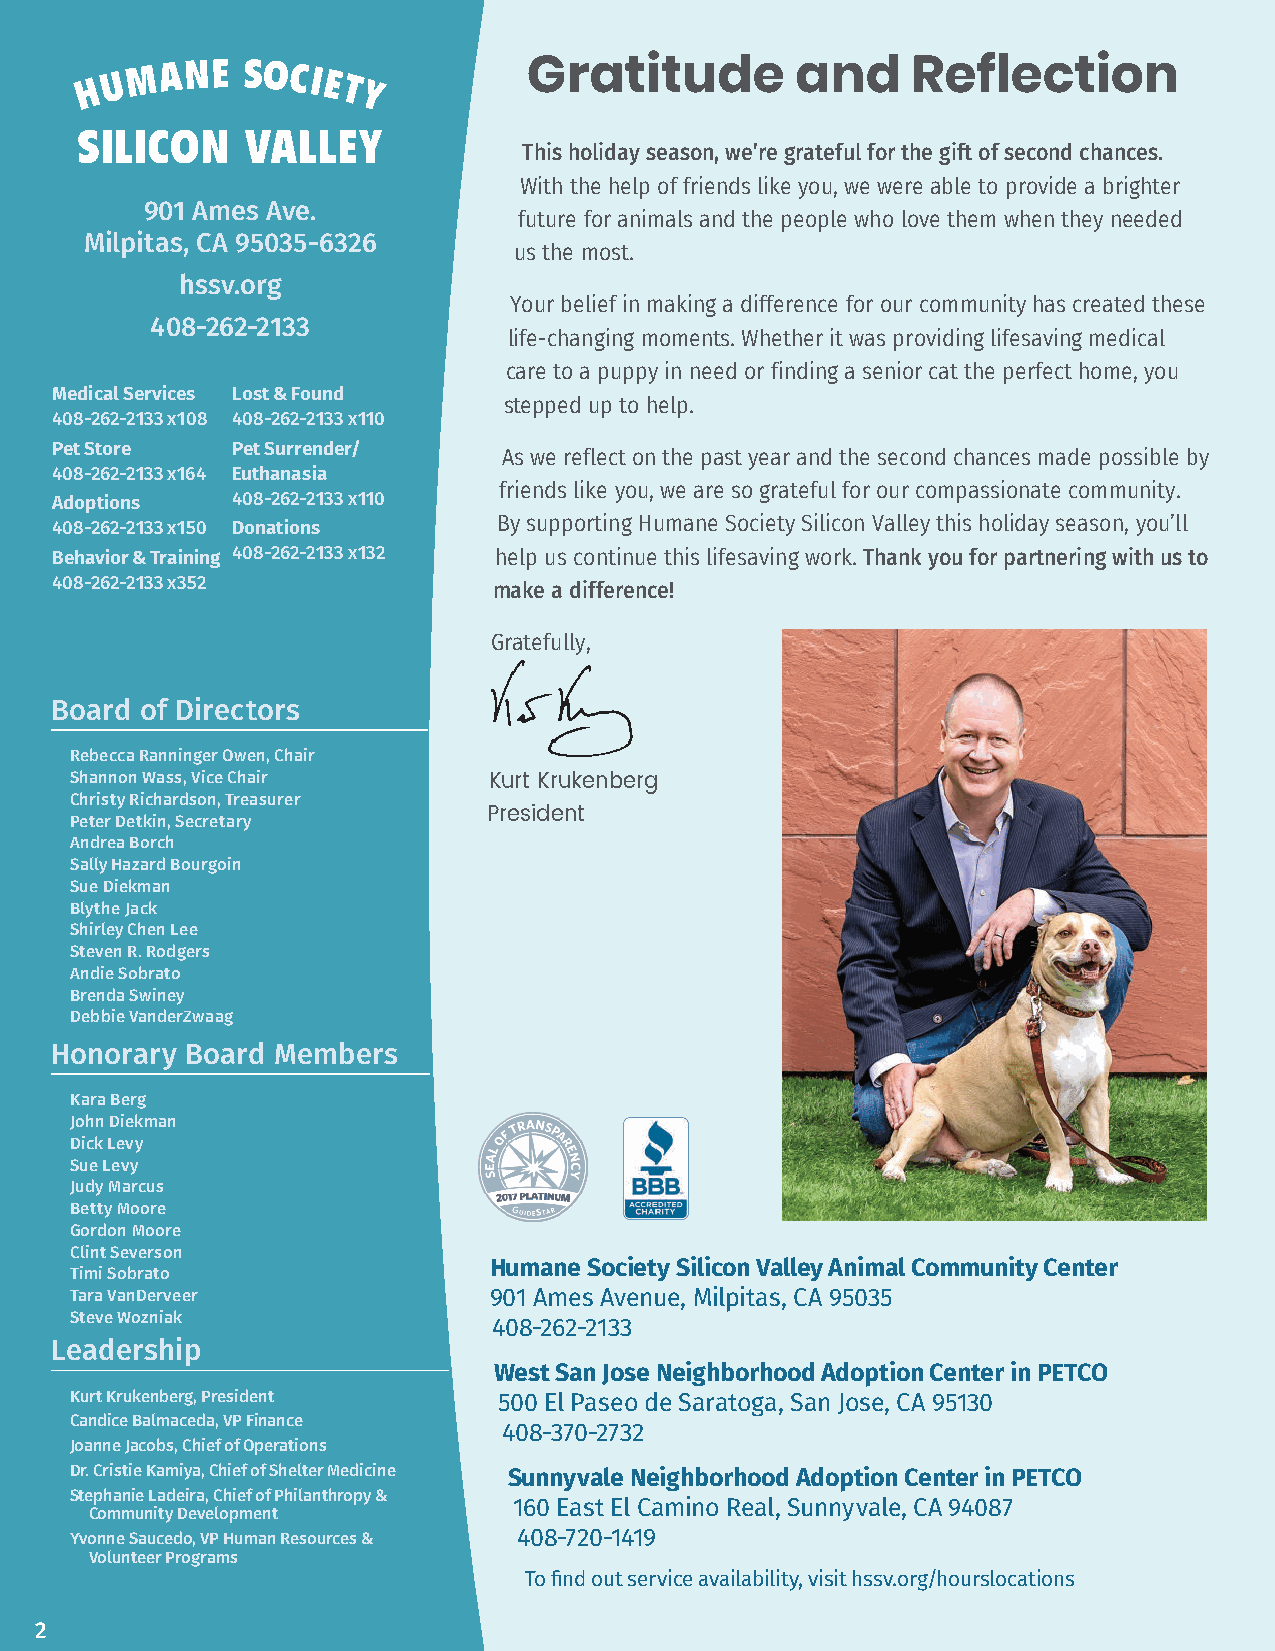
Gratitude         and    Reflection
 This holiday season, we’re grateful for the gift of second chances.
 With the help of friends like you, we were able to provide a brighter
 901 Ames Ave.
 future for animals and the people who love them when they needed
 Milpitas, CA 95035-6326
 us the most.
 hssv.org
 Your belief in making a difference for our community has created these
 408-262-2133
 life-changing moments. Whether it was providing lifesaving medical
 care to a puppy in need or finding a senior cat the perfect home, you
 Medical Services Lost & Found
 stepped up to help.
 408-262-2133 x108 408-262-2133 x110
 Pet Store   Pet Surrender/
 As we reflect on the past year and the second chances made possible by
 408-262-2133 x164 Euthanasia
 friends like you, we are so grateful for our compassionate community.
 Adoptions   408-262-2133 x110
 408-262-2133 x150 Donations   By supporting Humane Society Silicon Valley this holiday season, you’ll
 Behavior & Training 408-262-2133 x132 help us continue this lifesaving work. Thank you for partnering with us to
 408-262-2133 x352
 make a difference!
 Gratefully,
 Board of Directors
 Rebecca Ranninger Owen, Chair
 Shannon Wass, Vice Chair   Kurt Krukenberg
 Christy Richardson, Treasurer
 President
 Peter Detkin, Secretary
 Andrea Borch
 Sally Hazard Bourgoin
 Sue Diekman
 Blythe Jack
 Shirley Chen Lee
 Steven R. Rodgers
 Andie Sobrato
 Brenda Swiney
 Debbie VanderZwaag
 Honorary Board Members
 Kara Berg
 John Diekman
 Dick Levy
 Sue Levy
 Judy Marcus
 Betty Moore
 Gordon Moore
 Clint Severson
 Humane Society Silicon Valley Animal Community Center
 Timi Sobrato
 Tara VanDerveer            901 Ames Avenue, Milpitas, CA 95035
 Steve Wozniak
 408-262-2133
 Leadership
 West San Jose Neighborhood Adoption Center in PETCO
 Kurt Krukenberg, President  500 El Paseo de Saratoga, San Jose, CA 95130
 Candice Balmaceda, VP Finance
 408-370-2732
 Joanne Jacobs, Chief of Operations
 Dr. Cristie Kamiya, Chief of Shelter Medicine Sunnyvale Neighborhood Adoption Center in PETCO
 Stephanie Ladeira, Chief of Philanthropy &
 160 East El Camino Real, Sunnyvale, CA 94087
 Community Development
 Yvonne Saucedo, VP Human Resources & 408-720-1419
 Volunteer Programs
 To find out service availability, visit hssv.org/hourslocations
 2